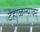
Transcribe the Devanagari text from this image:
टेहाळल्यावर